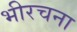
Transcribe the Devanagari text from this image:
भीरचना